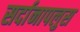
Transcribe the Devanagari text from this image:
सर्दानापलुस